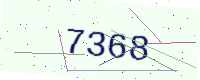
Text: 7368